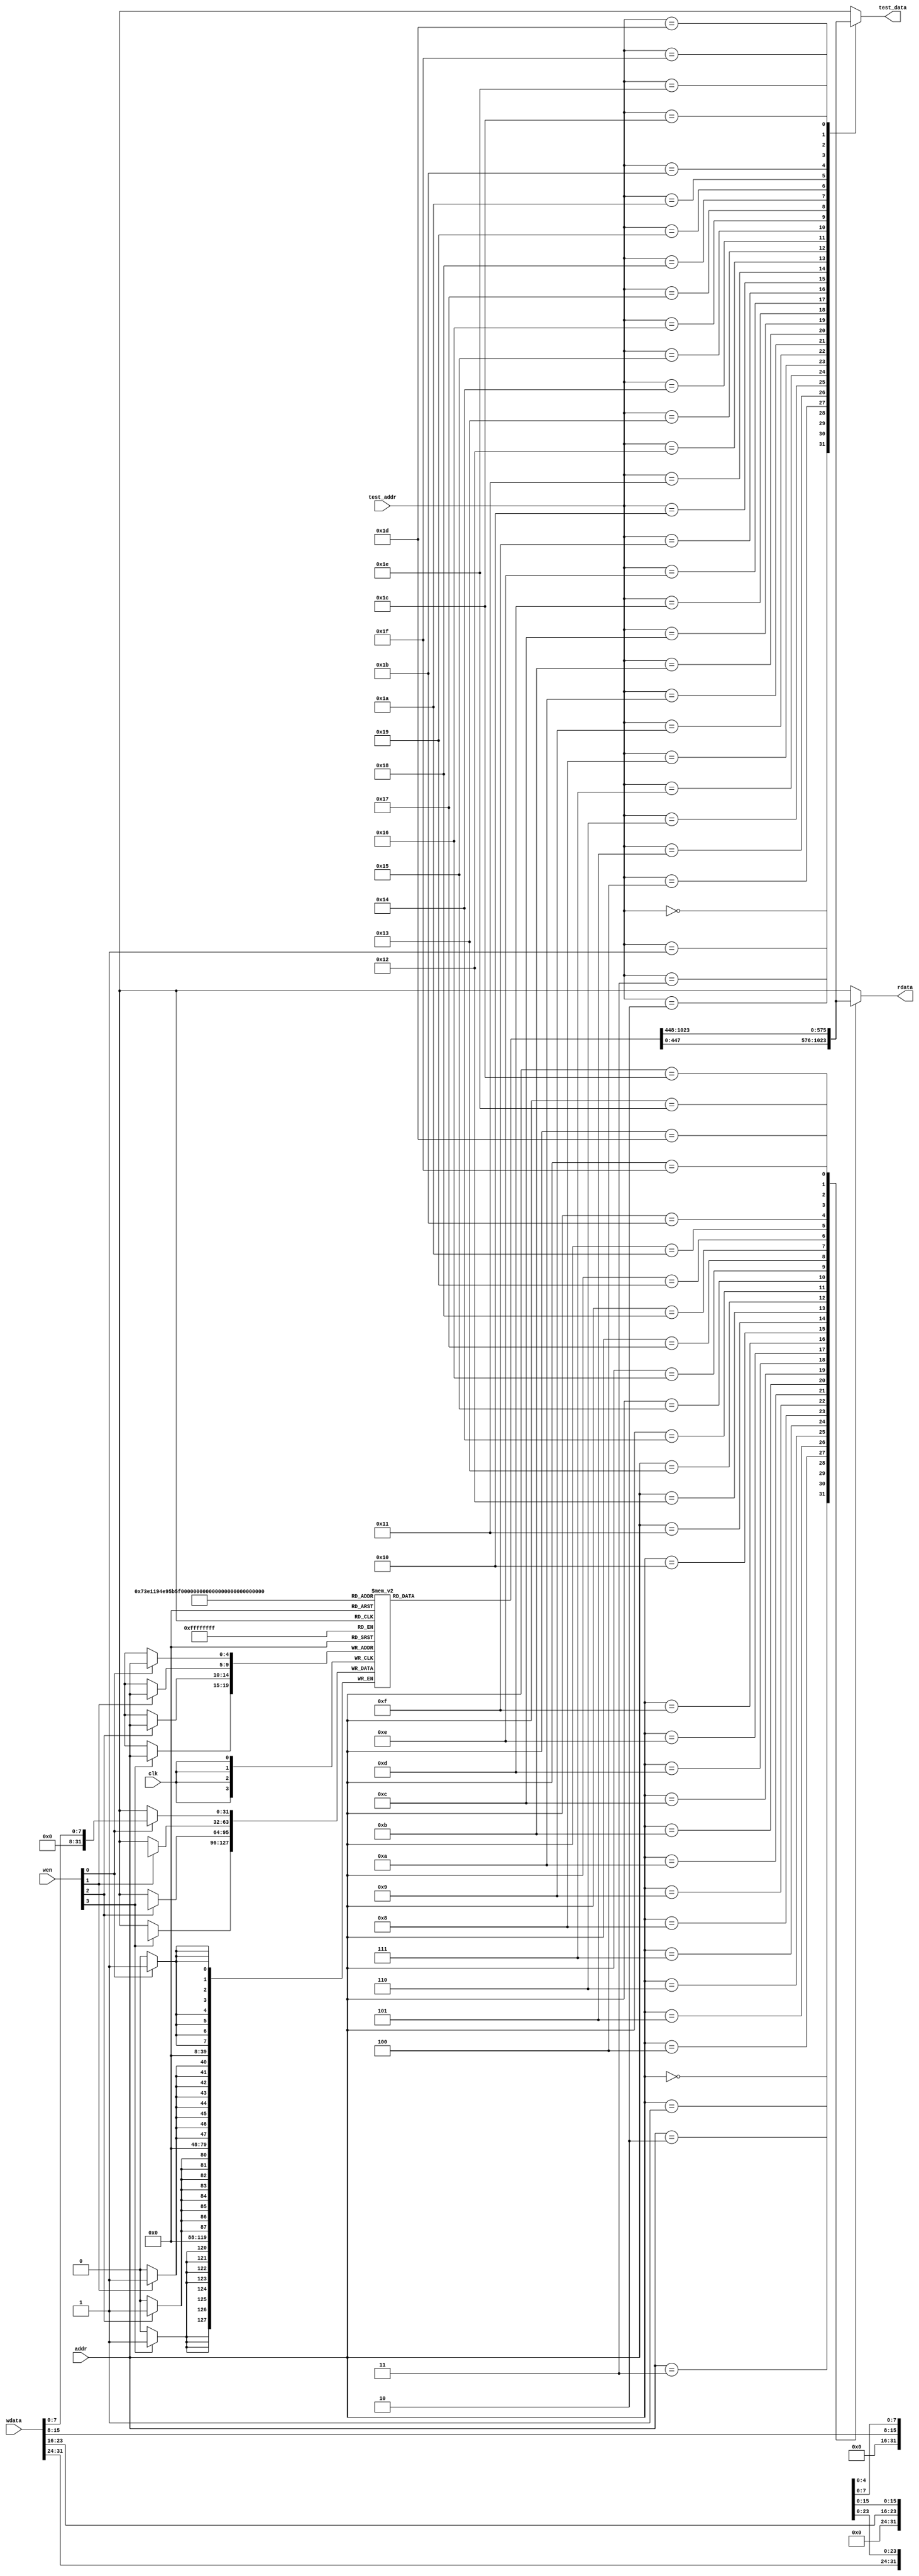
module data_ram(
    input         clk,         // 
    input  [3:0]  wen,         // 
    input  [4:0] addr,        // 
    input  [31:0] wdata,       // 
    output reg [31:0] rdata,       // 
    
    //
    input  [4 :0] test_addr,
    output reg [31:0] test_data
);
    reg [31:0] DM[31:0];  //7'b000_0000~7'b111_1111

    //
    always @(posedge clk)    // 1
    begin
        if (wen[3])
        begin
            DM[addr][31:24] <= wdata[31:24];
        end
    end
    always @(posedge clk)
    begin
        if (wen[2])
        begin
            DM[addr][23:16] <= wdata[23:16];
        end
    end
    always @(posedge clk)
    begin
        if (wen[1])
        begin
            DM[addr][15: 8] <= wdata[15: 8];
        end
    end
    always @(posedge clk)
    begin
        if (wen[0])
        begin
            DM[addr][7 : 0] <= wdata[7 : 0];
        end
    end
    
    //,4
    always @(*)
    begin
        case (addr)
            5'd0 : rdata <= DM[0 ];
            5'd1 : rdata <= DM[1 ];
            5'd2 : rdata <= DM[2 ];
            5'd3 : rdata <= DM[3 ];
            5'd4 : rdata <= DM[4 ];
            5'd5 : rdata <= DM[5 ];
            5'd6 : rdata <= DM[6 ];
            5'd7 : rdata <= DM[7 ];
            5'd8 : rdata <= DM[8 ];
            5'd9 : rdata <= DM[9 ];
            5'd10: rdata <= DM[10];
            5'd11: rdata <= DM[11];
            5'd12: rdata <= DM[12];
            5'd13: rdata <= DM[13];
            5'd14: rdata <= DM[14];
            5'd15: rdata <= DM[15];
            5'd16: rdata <= DM[16];
            5'd17: rdata <= DM[17];
            5'd18: rdata <= DM[18];
            5'd19: rdata <= DM[19];
            5'd20: rdata <= DM[20];
            5'd21: rdata <= DM[21];
            5'd22: rdata <= DM[22];
            5'd23: rdata <= DM[23];
            5'd24: rdata <= DM[24];
            5'd25: rdata <= DM[25];
            5'd26: rdata <= DM[26];
            5'd27: rdata <= DM[27];
            5'd28: rdata <= DM[28];
            5'd29: rdata <= DM[29];
            5'd30: rdata <= DM[30];
            5'd31: rdata <= DM[31];
        endcase
    end
    //
    always @(*)
    begin
        case (test_addr)
            5'd0 : test_data <= DM[0 ];
            5'd1 : test_data <= DM[1 ];
            5'd2 : test_data <= DM[2 ];
            5'd3 : test_data <= DM[3 ];
            5'd4 : test_data <= DM[4 ];
            5'd5 : test_data <= DM[5 ];
            5'd6 : test_data <= DM[6 ];
            5'd7 : test_data <= DM[7 ];
            5'd8 : test_data <= DM[8 ];
            5'd9 : test_data <= DM[9 ];
            5'd10: test_data <= DM[10];
            5'd11: test_data <= DM[11];
            5'd12: test_data <= DM[12];
            5'd13: test_data <= DM[13];
            5'd14: test_data <= DM[14];
            5'd15: test_data <= DM[15];
            5'd16: test_data <= DM[16];
            5'd17: test_data <= DM[17];
            5'd18: test_data <= DM[18];
            5'd19: test_data <= DM[19];
            5'd20: test_data <= DM[20];
            5'd21: test_data <= DM[21];
            5'd22: test_data <= DM[22];
            5'd23: test_data <= DM[23];
            5'd24: test_data <= DM[24];
            5'd25: test_data <= DM[25];
            5'd26: test_data <= DM[26];
            5'd27: test_data <= DM[27];
            5'd28: test_data <= DM[28];
            5'd29: test_data <= DM[29];
            5'd30: test_data <= DM[30];
            5'd31: test_data <= DM[31];
        endcase
    end
endmodule